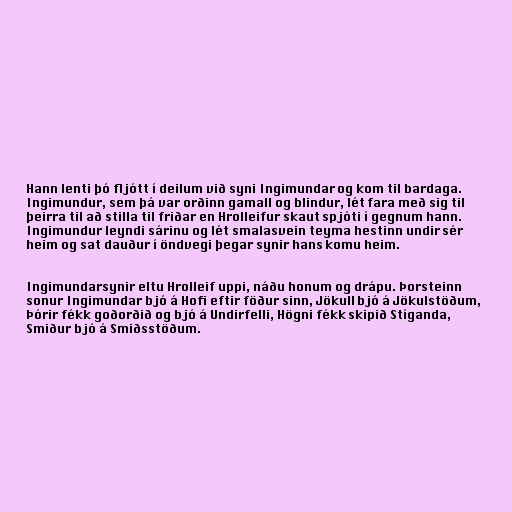
Hann lenti þó fljótt í deilum við syni Ingimundar og kom til bardaga.
Ingimundur, sem þá var orðinn gamall og blindur, lét fara með sig til
þeirra til að stilla til friðar en Hrolleifur skaut spjóti í gegnum hann.
Ingimundur leyndi sárinu og lét smalasvein teyma hestinn undir sér
heim og sat dauður í öndvegi þegar synir hans komu heim.

Ingimundarsynir eltu Hrolleif uppi, náðu honum og drápu. Þorsteinn
sonur Ingimundar bjó á Hofi eftir föður sinn, Jökull bjó á Jökulstöðum,
Þórir fékk goðorðið og bjó á Undirfelli, Högni fékk skipið Stíganda,
Smiður bjó á Smiðsstöðum.